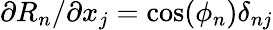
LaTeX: {\partial R_{n}}/{\partial x_{j}}=\cos(\phi_{n})\delta_{nj}